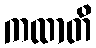
ကထာတိ